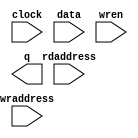
module vertex_memory (
	clock,
	data,
	rdaddress,
	wraddress,
	wren,
	q);

	input	  clock;
	input	[63:0]  data;
	input	[13:0]  rdaddress;
	input	[13:0]  wraddress;
	input	  wren;
	output	[63:0]  q;
`ifndef ALTERA_RESERVED_QIS
// synopsys translate_off
`endif
	tri1	  clock;
	tri0	  wren;
`ifndef ALTERA_RESERVED_QIS
// synopsys translate_on
`endif

endmodule